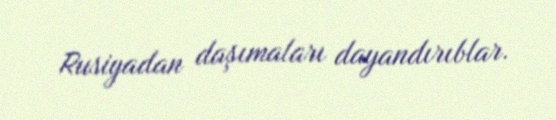
Rusiyadan daşımaları dayandırıblar.